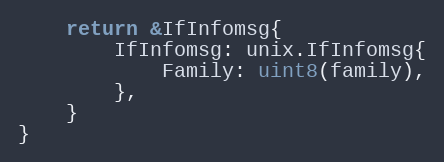
Language: Go
	return &IfInfomsg{
		IfInfomsg: unix.IfInfomsg{
			Family: uint8(family),
		},
	}
}